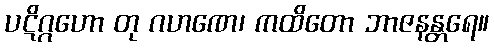
ပဋိဂ္ဂဟော တု ဂဟဏေ၊ ကထိတော ဘာဇနန္တရေ။